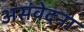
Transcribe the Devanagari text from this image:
असंवेदना